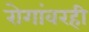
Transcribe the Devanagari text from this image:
रोगांवरही